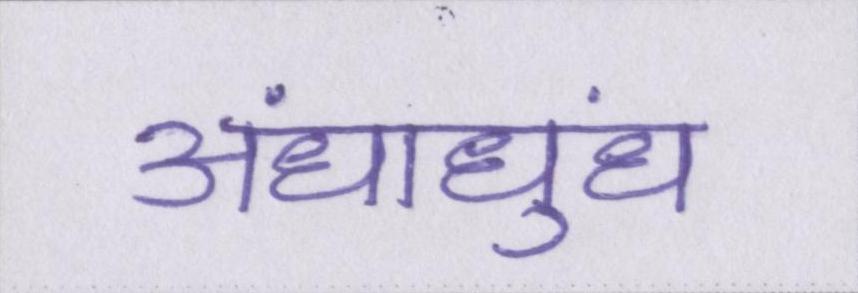
अंधाधुंध